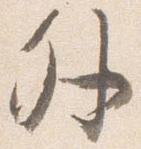
外